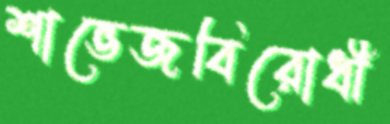
শাভেজবিরোধী